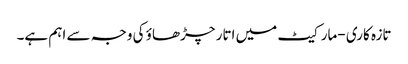
تازہ کاری -مارکیٹ میں اتار چڑھاؤ کی وجہ سے اہم ہے۔